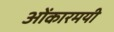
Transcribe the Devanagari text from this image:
ओंकारमयी